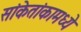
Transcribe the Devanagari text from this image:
सांकेतांकामध्ये